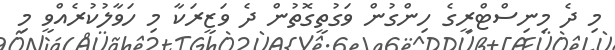
މި ދެ މިނިސްޓްރީގެ ހިންގުން ވަގުތީގޮތުން ދެ ވަޒީރަކާ މި ހަވާލުކުރެއްވީ މި